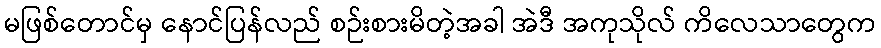
မဖြစ်တောင်မှ နောင်ပြန်လည် စဉ်းစားမိတဲ့အခါ အဲဒီ အကုသိုလ် ကိလေသာတွေက